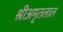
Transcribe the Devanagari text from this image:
श्रीअमृतलाल